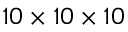
1 0 \times 1 0 \times 1 0